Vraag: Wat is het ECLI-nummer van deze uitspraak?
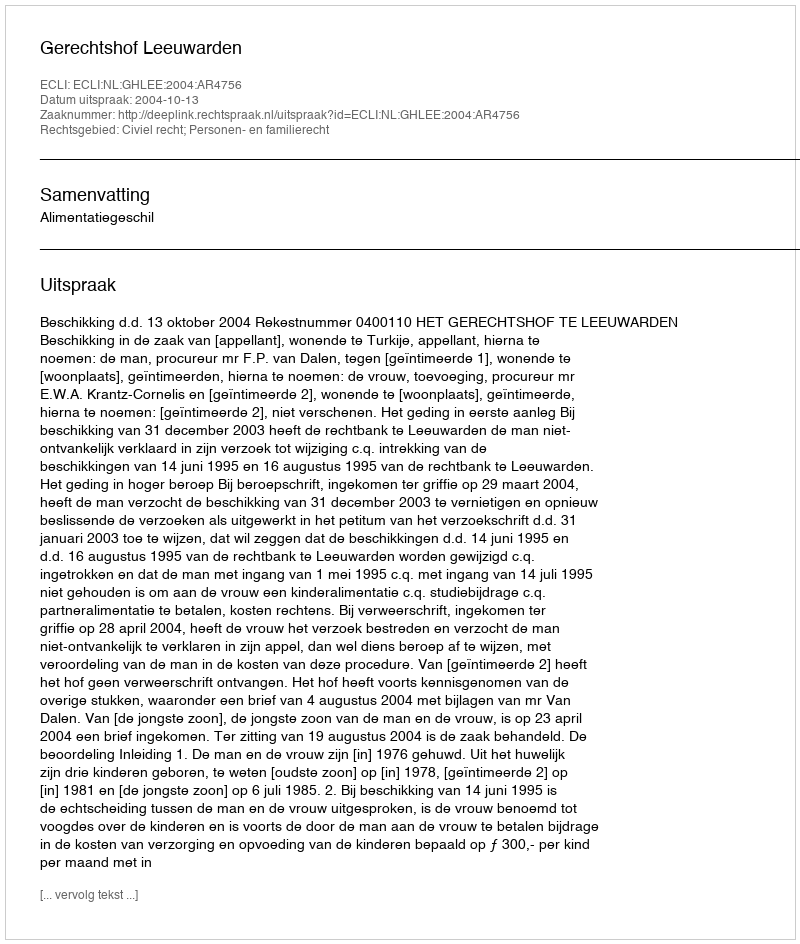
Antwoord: ECLI:NL:GHLEE:2004:AR4756